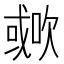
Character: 𣤐